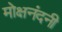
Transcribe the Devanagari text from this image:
मोक्षनंदनी